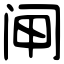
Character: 闸